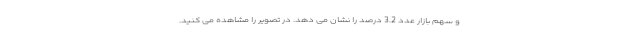
و سهم بازار عدد 3.2 درصد را نشان می دهد. در تصویر را مشاهده می کنید.